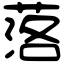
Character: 落